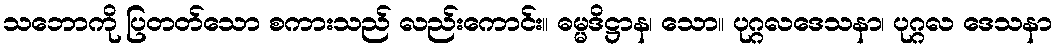
သဘောကို ပြတတ်သော စကားသည် လည်းကောင်း။ ဓမ္မဒိဋ္ဌာန၊ သော။ ပုဂ္ဂလဒေသနာ၊ ပုဂ္ဂလ ဒေသနာ